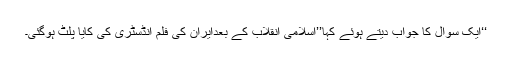
‘‘ایک سوال کا جواب دیتے ہوئے کہا’’اسلامی انقلاب کے بعدایران کی فلم انڈسٹری کی کایا پلٹ ہوگئی۔